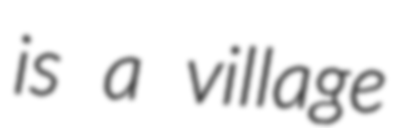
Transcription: is a village